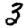
Digit: 3